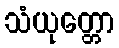
သံယုတ္တော